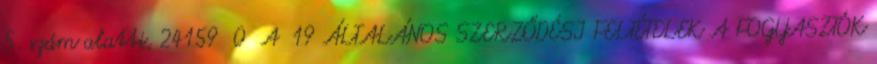
5. szám alatti, 24159 0 A 19 ÁLTALÁNOS SZERZŐDÉSI FELTÉTELEK A FOGYASZTÓK